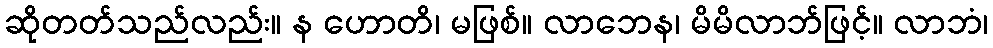
ဆိုတတ်သည်လည်း။ န ဟောတိ၊ မဖြစ်။ လာဘေန၊ မိမိလာဘ်ဖြင့်။ လာဘံ၊